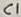
Text: C1